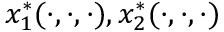
\, \! x _ { 1 } ^ { * } ( \cdot , \cdot , \cdot ) , x _ { 2 } ^ { * } ( \cdot , \cdot , \cdot )